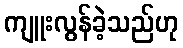
ကျူးလွန်ခဲ့သည်ဟု